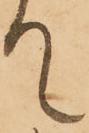
て